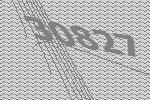
30827